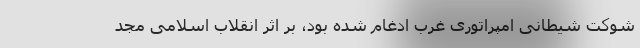
شوکت شیطانی امپراتوری غرب ادغام شده بود، بر اثر انقلاب اسلامی مجد